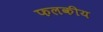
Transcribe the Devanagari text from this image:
फलकीय